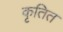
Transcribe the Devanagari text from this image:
कृतित